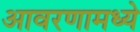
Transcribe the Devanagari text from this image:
आवरणामध्ये